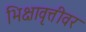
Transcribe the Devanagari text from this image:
भिक्षावृत्तीवर